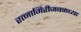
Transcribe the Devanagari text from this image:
रत्‍नागिरीजवळच्या